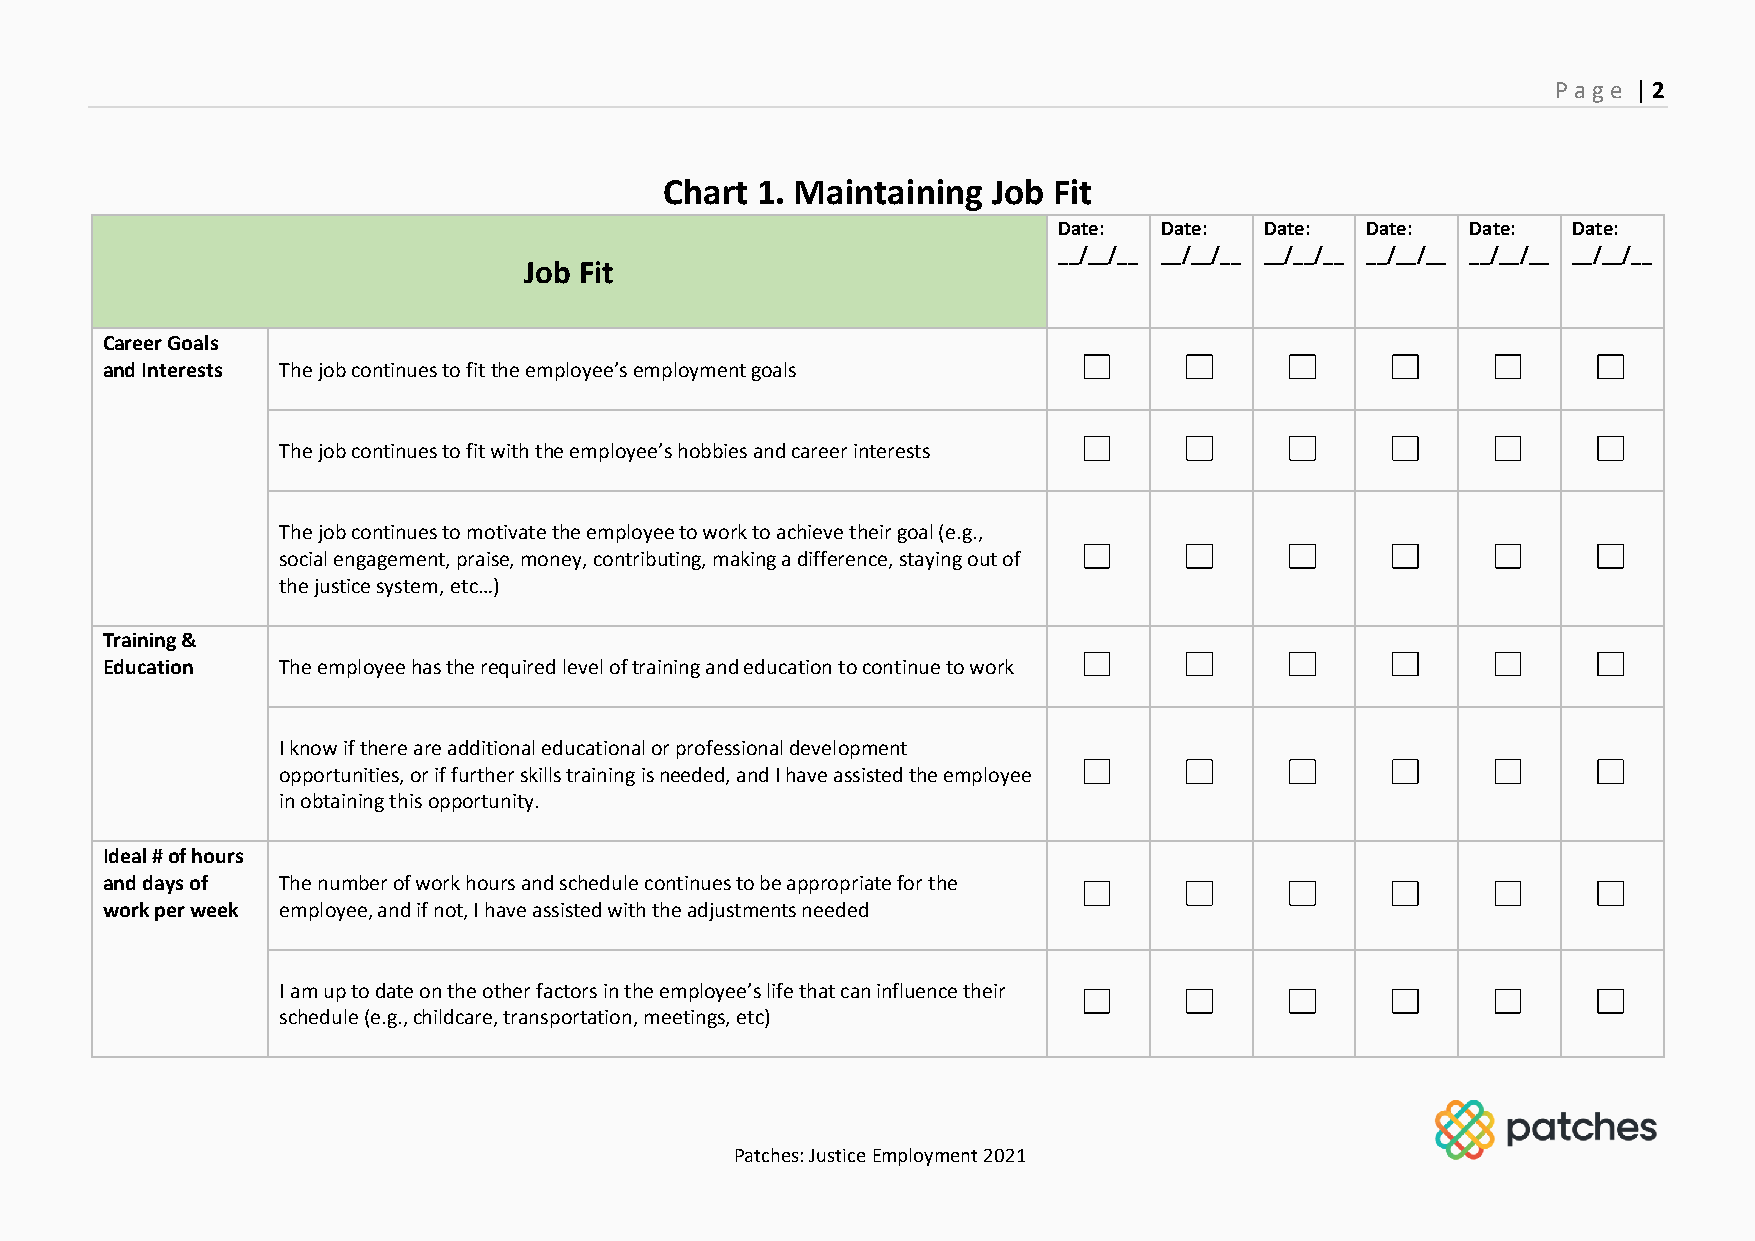
P age | 2
 Chart 1. Maintaining  Job Fit
 Date:  Date:  Date: Date:  Date:  Date:
 __/__/__ __/__/__ __/__/__ __/__/__ __/__/__ __/__/__
 Job Fit
 Career Goals
 and Interests The job continues to fit the employee’s employment goals
 The job continues to fit with the employee’s hobbies and career interests
 The job continues to motivate the employee to work to achieve their goal (e.g.,
 social engagement, praise, money, contributing, making a difference, staying out of
 the justice system, etc…)
 Training &
 Education  The employee has the required level of training and education to continue to work
 I know if there are additional educational or professional development
 opportunities, or if further skills training is needed, and I have assisted the employee
 in obtaining this opportunity.
 Ideal # of hours
 and days of The number of work hours and schedule continues to be appropriate for the
 work per week employee, and if not, I have assisted with the adjustments needed
 I am up to date on the other factors in the employee’s life that can influence their
 schedule (e.g., childcare, transportation, meetings, etc)
 Patches: Justice Employment 2021